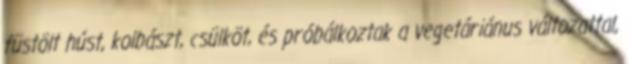
füstölt húst, kolbászt, csülköt, és próbálkoztak a vegetáriánus változattal,